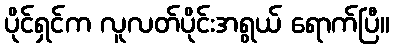
ပိုင်ရှင်က လူလတ်ပိုင်းအရွယ် ရောက်ပြီ။